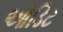
ઓડિટ